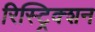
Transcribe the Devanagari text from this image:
रिस्ट्रिक्शन